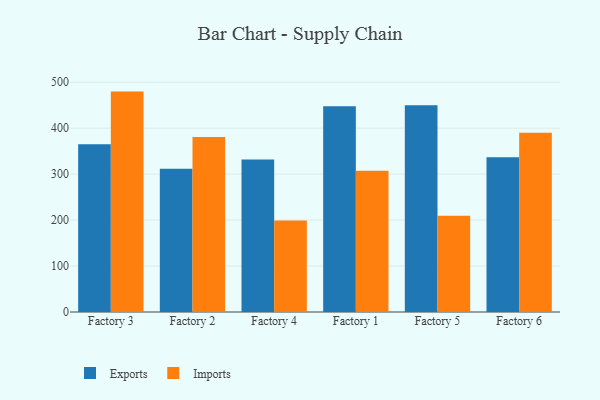
{"axis": {"x": "Factory", "y": "Population (Million)"}, "legend": ["Exports", "Imports"], "data": [{"x": "Factory 3", "y": 365.2, "type": "Exports"}, {"x": "Factory 3", "y": 479.5, "type": "Imports"}, {"x": "Factory 2", "y": 311.8, "type": "Exports"}, {"x": "Factory 2", "y": 381.0, "type": "Imports"}, {"x": "Factory 4", "y": 331.6, "type": "Exports"}, {"x": "Factory 4", "y": 199.1, "type": "Imports"}, {"x": "Factory 1", "y": 447.6, "type": "Exports"}, {"x": "Factory 1", "y": 307.3, "type": "Imports"}, {"x": "Factory 5", "y": 449.8, "type": "Exports"}, {"x": "Factory 5", "y": 209.5, "type": "Imports"}, {"x": "Factory 6", "y": 336.7, "type": "Exports"}, {"x": "Factory 6", "y": 390.0, "type": "Imports"}]}